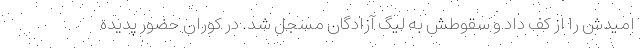
امیدش را از کف داد و سقوطش به لیگ آزادگان مسجل شد. در کوران حضور پدیده